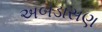
અબડાસણ